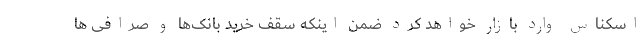
اسکناس وارد بازار خواهد کرد ضمن اینکه سقف خرید بانک‌ها و صرافی ها